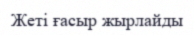
Жеті ғасыр жырлайды